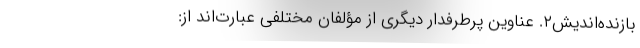
بازنده‌اندیش۲. عناوین پرطرفدار دیگری از مؤلفان مختلفی عبارت‌اند از: